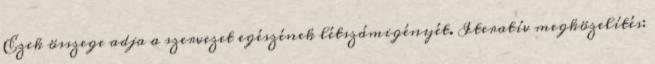
Ezek összege adja a szervezet egészének létszámigényét. Iteratív megközelítés: